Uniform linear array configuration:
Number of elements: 8
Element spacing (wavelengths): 1
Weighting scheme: binomial
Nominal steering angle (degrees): -30
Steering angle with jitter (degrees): -29.557
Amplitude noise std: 0.05
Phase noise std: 0.05

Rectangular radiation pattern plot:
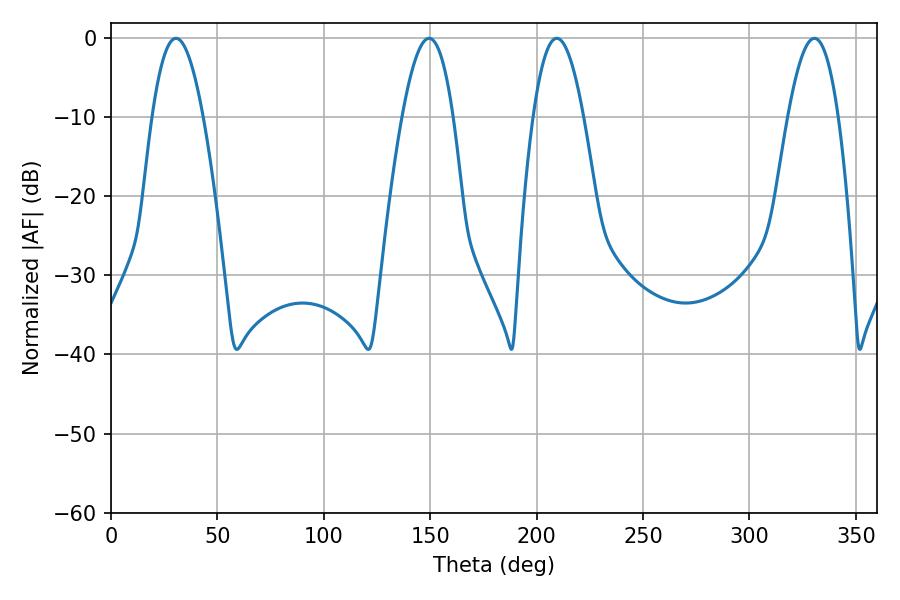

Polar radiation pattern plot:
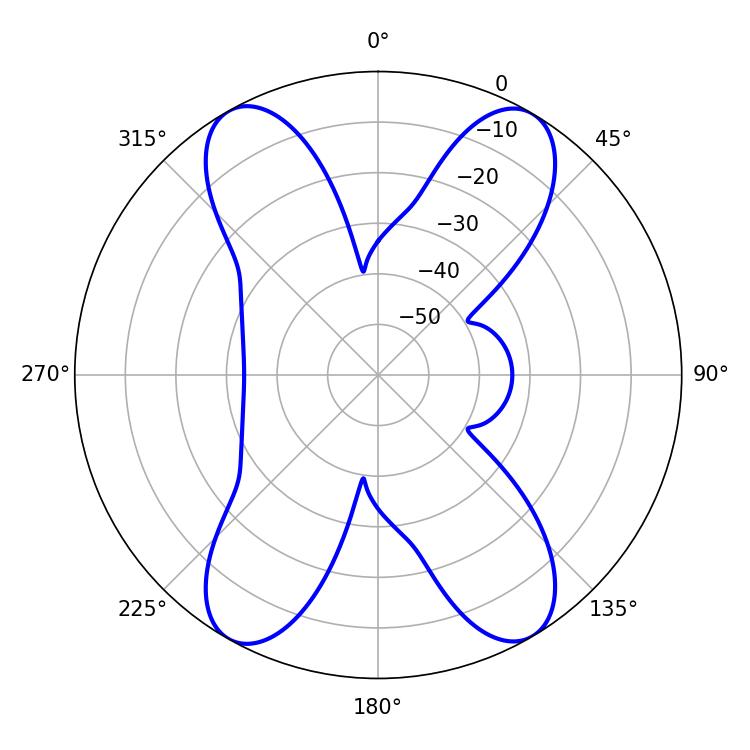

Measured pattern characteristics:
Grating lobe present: TRUE
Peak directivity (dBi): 23.205
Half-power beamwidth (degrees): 12.96
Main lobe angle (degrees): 209.52